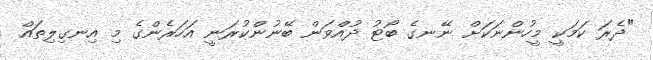
"ދެރަ ކަމަކީ މީހުންނަކަށް ނޭނގެ ބޯޓު ދުއްވަން ބޭނުންކުރަނީ އަހަރެންގެ މި އިނގިލިތައް